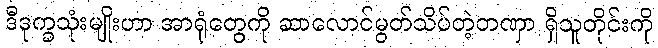
ဒီဒုက္ခသုံးမျိုးဟာ အာရုံတွေကို ဆာလောင်မွတ်သိပ်တဲ့တဏှာ ရှိသူတိုင်းကို